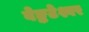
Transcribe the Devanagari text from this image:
वेङ्कटेश्वर